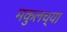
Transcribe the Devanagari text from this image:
मकुलच्या